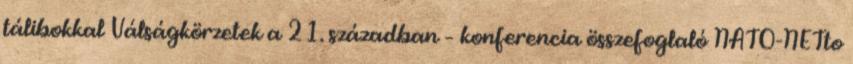
tálibokkal Válságkörzetek a 21. században – konferencia összefoglaló NATO-NETto